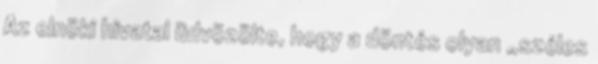
Az elnöki hivatal üdvözölte, hogy a döntés olyan „széles